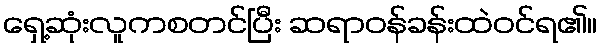
ရှေ့ဆုံးလူကစတင်ပြီး ဆရာဝန်ခန်းထဲဝင်ရ၏။